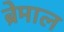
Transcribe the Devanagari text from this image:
ब्रेमाल